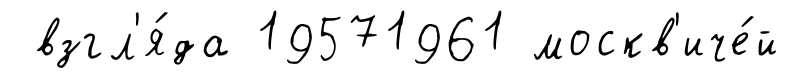
взгл'я́да 19571961 москв'иче́й